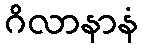
ဂိလာနာနံ